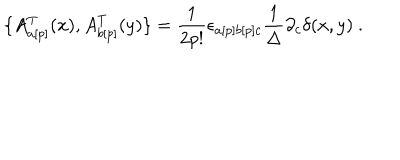
\{ A _ { a [ p ] } ^ { T } ( x ) , A _ { b [ p ] } ^ { T } ( y ) \} = \frac { 1 } { 2 p ! } { \epsilon } _ { a [ p ] b [ p ] c } \frac { 1 } { \Delta } \partial _ { c } { \delta } ( x , y ) \ .